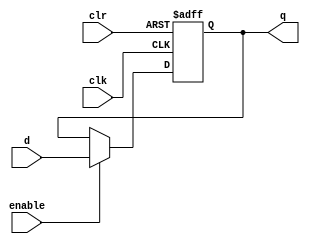
module DFF(
    input	clk,
    input  	clr,
    input  	enable,
    input  	d,
    output 	q
);

	always @(posedge clk or posedge clr)
	begin
		if (clr)
			q <= 1'b0;
		else if (enable)
			q <= d;
	end

endmodule